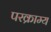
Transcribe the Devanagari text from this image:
परक्राम्‍य